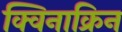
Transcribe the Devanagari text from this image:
क्विनाक्रिन